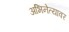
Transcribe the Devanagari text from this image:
अभिनेत्यावर